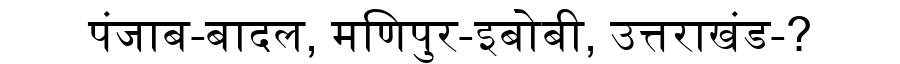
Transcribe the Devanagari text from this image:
पंजाब-बादल, मणिपुर-इबोबी, उत्तराखंड-?